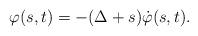
LaTeX: \begin{align*}\begin{aligned}\varphi (s, t) = - (\Delta + s)\dot \varphi(s, t).\end{aligned}\end{align*}